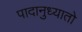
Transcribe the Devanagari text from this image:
पादानुध्यातो